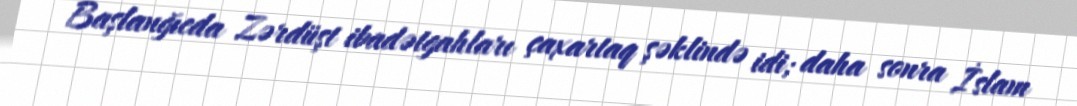
Başlanğıcda Zərdüşt ibadətgahları çaxartaq şəklində idi; daha sonra İslam